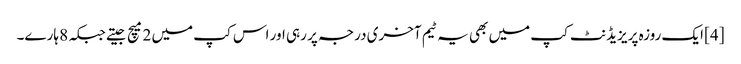
[4] ایک روزہ پریزیڈنٹ کپ میں بھی یہ ٹیم آخری درجہ پر رہی اور اس کپ میں 2 میچ جیتے جبکہ 8 ہارے۔